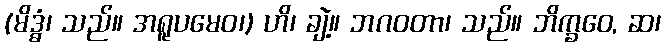
(မိဒ္ဓံ၊ သည်။ အရူပမေဝ၊) ဟိ၊ ချဲ့။ ဘဂဝတာ၊ သည်။ ဘိက္ခဝေ, ဆ၊